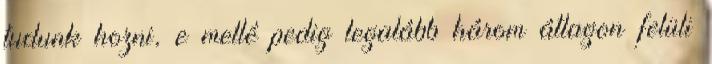
tudunk hozni, e mellé pedig legalább három átlagon felüli